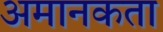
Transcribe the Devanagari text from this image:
अमानकता